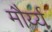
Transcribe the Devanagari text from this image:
मौर्य्य